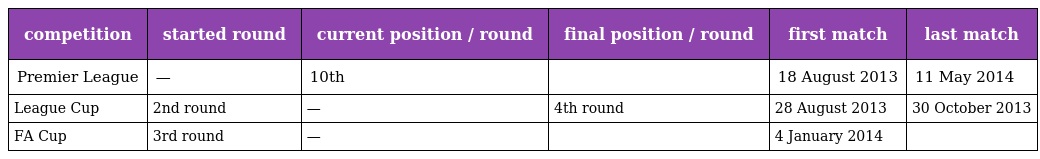
| competition | started round | current position / round | final position / round | first match | last match |
 | --- | --- | --- | --- | --- | --- |
 | Premier League | — | 10th |  | 18 August 2013 | 11 May 2014 |
 | League Cup | 2nd round | — | 4th round | 28 August 2013 | 30 October 2013 |
 | FA Cup | 3rd round | — |  | 4 January 2014 |  |